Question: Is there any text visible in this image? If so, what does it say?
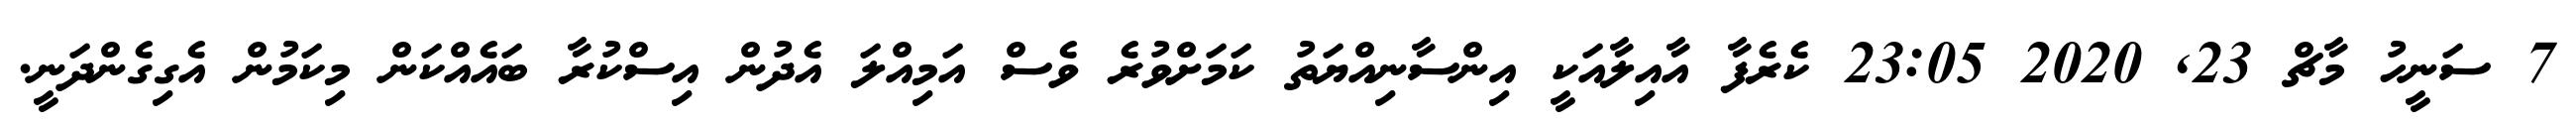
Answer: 7 ސަނީހު މާޗް 23, 2020 23:05 ކެރެފާ އާއިލާއަކީ އިންސާނިއްޔަތު ކަމަށްވުރެ ވެސް އަމިއްލަ އެދުން އިސްކުރާ ބައެއްކަން މިކަމުން އެގިގެންދަނީ.